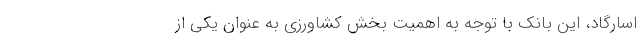
اسارگاد، این بانک‌ با توجه به اهمیت بخش کشاورزی به ‌عنوان یکی از